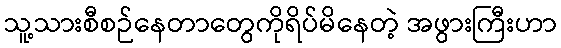
သူ့သားစီစဉ်နေတာတွေကိုရိပ်မိနေတဲ့ အဖွားကြီးဟာ